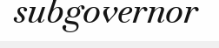
subgovernor